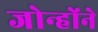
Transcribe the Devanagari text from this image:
जोन्होंने